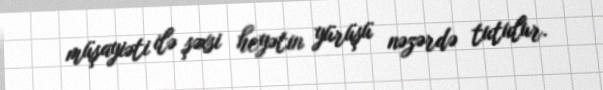
müşayiəti ilə şəxsi heyətin yürüşü nəzərdə tutulur.